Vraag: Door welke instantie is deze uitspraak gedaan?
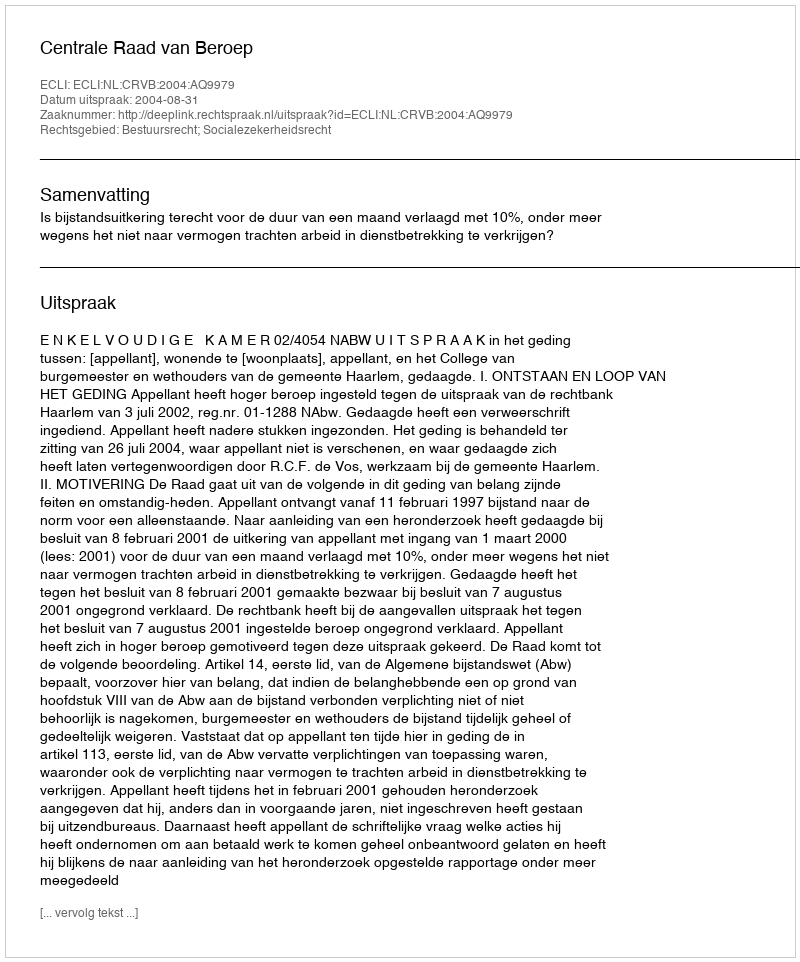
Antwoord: Centrale Raad van Beroep